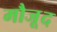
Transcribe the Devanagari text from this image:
मौजू़द